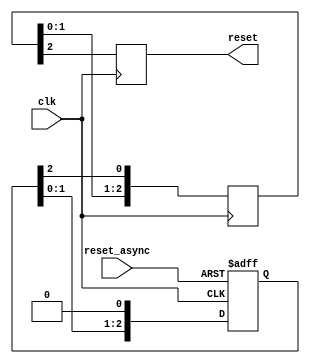
////------------------------------------------------------------------------------
//// Copyright 2015 Xilinx, Inc. All rights reserved.
//// This file contains confidential and proprietary information of Xilinx, Inc.
//// and is protected under U.S. and international copyright and other
//// intellectual property laws.
////
////  DISCLAIMER
////  This disclaimer is not a license and does not grant any
////  rights to the materials distributed herewith. Except as
////  otherwise provided in a valid license issued to you by
////  Xilinx, and to the maximum extent permitted by applicable
////  law: (1) THESE MATERIALS ARE MADE AVAILABLE "AS IS" AND
////  WITH ALL FAULTS, AND XILINX HEREBY DISCLAIMS ALL WARRANTIES
////  AND CONDITIONS, EXPRESS, IMPLIED, OR STATUTORY, INCLUDING
////  BUT NOT LIMITED TO WARRANTIES OF MERCHANTABILITY, NON-
////  INFRINGEMENT, OR FITNESS FOR ANY PARTICULAR PURPOSE; and
////  (2) Xilinx shall not be liable (whether in contract or tort,
////  including negligence, or under any other theory of
////  liability) for any loss or damage of any kind or nature
////  related to, arising under or in connection with these
////  materials, including for any direct, or any indirect,
////  special, incidental, or consequential loss or damage
////  (including loss of data, profits, goodwill, or any type of
////  loss or damage suffered as a result of any action brought
////  by a third party) even if such damage or loss was
////  reasonably foreseeable or Xilinx had been advised of the
////  possibility of the same.
////
////  CRITICAL APPLICATIONS
////  Xilinx products are not designed or intended to be fail-
////  safe, or for use in any application requiring fail-safe
////  performance, such as life-support or safety devices or
////  systems, Class III medical devices, nuclear facilities,
////  applications related to the deployment of airbags, or any
////  other applications that could lead to death, personal
////  injury, or severe property or environmental damage
////  (individually and collectively, "Critical
////  Applications"). Customer assumes the sole risk and
////  liability of any use of Xilinx products in Critical
////  Applications, subject only to applicable laws and
////  regulations governing limitations on product liability.
////
////  THIS COPYRIGHT NOTICE AND DISCLAIMER MUST BE RETAINED AS
////  PART OF THIS FILE AT ALL TIMES.
////------------------------------------------------------------------------------



(* DowngradeIPIdentifiedWarnings="yes" *)

module  l_ethernet_0_mac_baser_syncer_reset
#(
  parameter RESET_PIPE_LEN = 3
 )
(
  input  wire clk,
  input  wire reset_async,
  output wire reset
);

  (* ASYNC_REG = "TRUE" *) reg  [2:0] reset_pipe_stretch;
  (* ASYNC_REG = "TRUE" *) reg  [RESET_PIPE_LEN-1:0] reset_pipe_retime;
  (* max_fanout = 500 *) reg  reset_pipe_out;

// pragma translate_off

  initial reset_pipe_stretch = {2{1'b1}};
  initial reset_pipe_retime  = {RESET_PIPE_LEN{1'b1}};
  initial reset_pipe_out     = 1'b1;

// pragma translate_on

  always @(posedge clk or posedge reset_async)
    begin
      if (reset_async == 1'b1)
        begin
          reset_pipe_stretch <= {3{1'b1}};
        end
      else
        begin
          reset_pipe_stretch <= {reset_pipe_stretch[1:0], 1'b0};
        end
    end

  always @(posedge clk)
    begin
      reset_pipe_retime <= {reset_pipe_retime[RESET_PIPE_LEN-2:0], reset_pipe_stretch[2]};
      reset_pipe_out    <= reset_pipe_retime[RESET_PIPE_LEN-1];
    end

  assign reset = reset_pipe_out;

endmodule